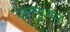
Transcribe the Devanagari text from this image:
जनयुगम